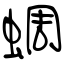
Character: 蜩